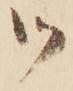
御